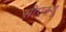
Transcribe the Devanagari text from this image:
सीएक्यू